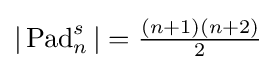
{\textstyle |\operatorname {Pad} _{n}^{s}|={\frac {(n+1)(n+2)}{2}}}